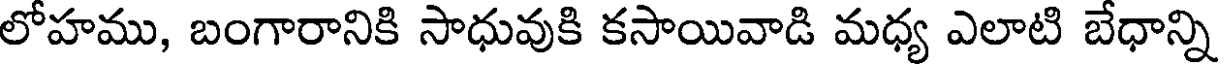
లోహము, బంగారానికి సాధువుకి కసాయివాడి మధ్య ఎలాటి బేధాన్ని